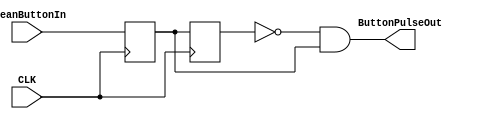
/*
 *		Module		:	Button Active High Level Pulse Generator
 * 	Description	: 	It is Level-Pulse Generator used for 
 *							Active High Buttons to generate Enable 
 *							signals
 *		Inputs		: 	CleanButtonIn	=> Clean Button Input
 *						:	CLK 				=> Button Controller CLK
 * 					:	RST_N 			=> Active Low Reset
 *
 *		Outputs		: 	ButtonPulseOut	=> A Pulse of 1 CLK Period
 *		Owner			: 	Ataberk KL
 */
 
module ButtonLevelPulseConverter(
	input CLK,
	input CleanButtonIn,
	output ButtonPulseOut
);

reg r1,r2;

always @(posedge CLK)
	begin
		// Prev. State Reg.
		r1 <= CleanButtonIn;
		// Edge Detector
		r2	<= r1;
	end
	
// Rising Edge = old value is 0, new value is 1
assign ButtonPulseOut = ~r2 & r1;

endmodule